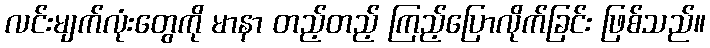
လင်းမျက်လုံးတွေကို မာနာ တည့်တည့် ကြည့်ပြောလိုက်ခြင်း ဖြစ်သည်။